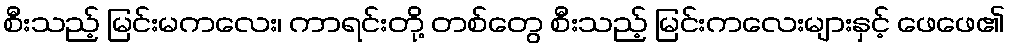
စီးသည့် မြင်းမကလေး၊ ကာရင်းတို့ တစ်တွေ စီးသည့် မြင်းကလေးများနှင့် ဖေဖေ၏